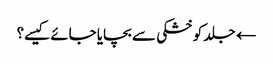
← جلد کو خشکی سے بچایا جائے کیسے؟